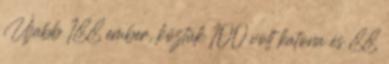
Újabb 188 ember, köztük 100 volt katona és 88